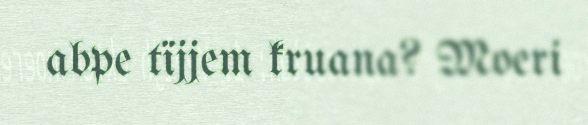
abpe tïjjem kruana? Moeri